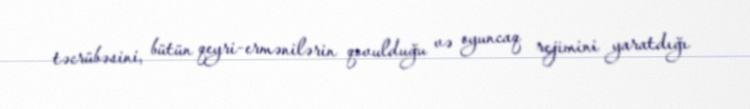
təcrübəsini, bütün qeyri-ermənilərin qovulduğu və oyuncaq rejimini yaratdığı